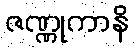
ဇဏ္ဏုကာနိ